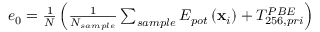
\begin{array} { r } { e _ { 0 } = \frac { 1 } { N } \left( \frac { 1 } { N _ { s a m p l e } } \sum _ { s a m p l e } E _ { p o t } \left( \mathbf { x } _ { i } \right) + T _ { 2 5 6 , p r i } ^ { P B E } \right) } \end{array}